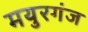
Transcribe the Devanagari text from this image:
मयुरगंज